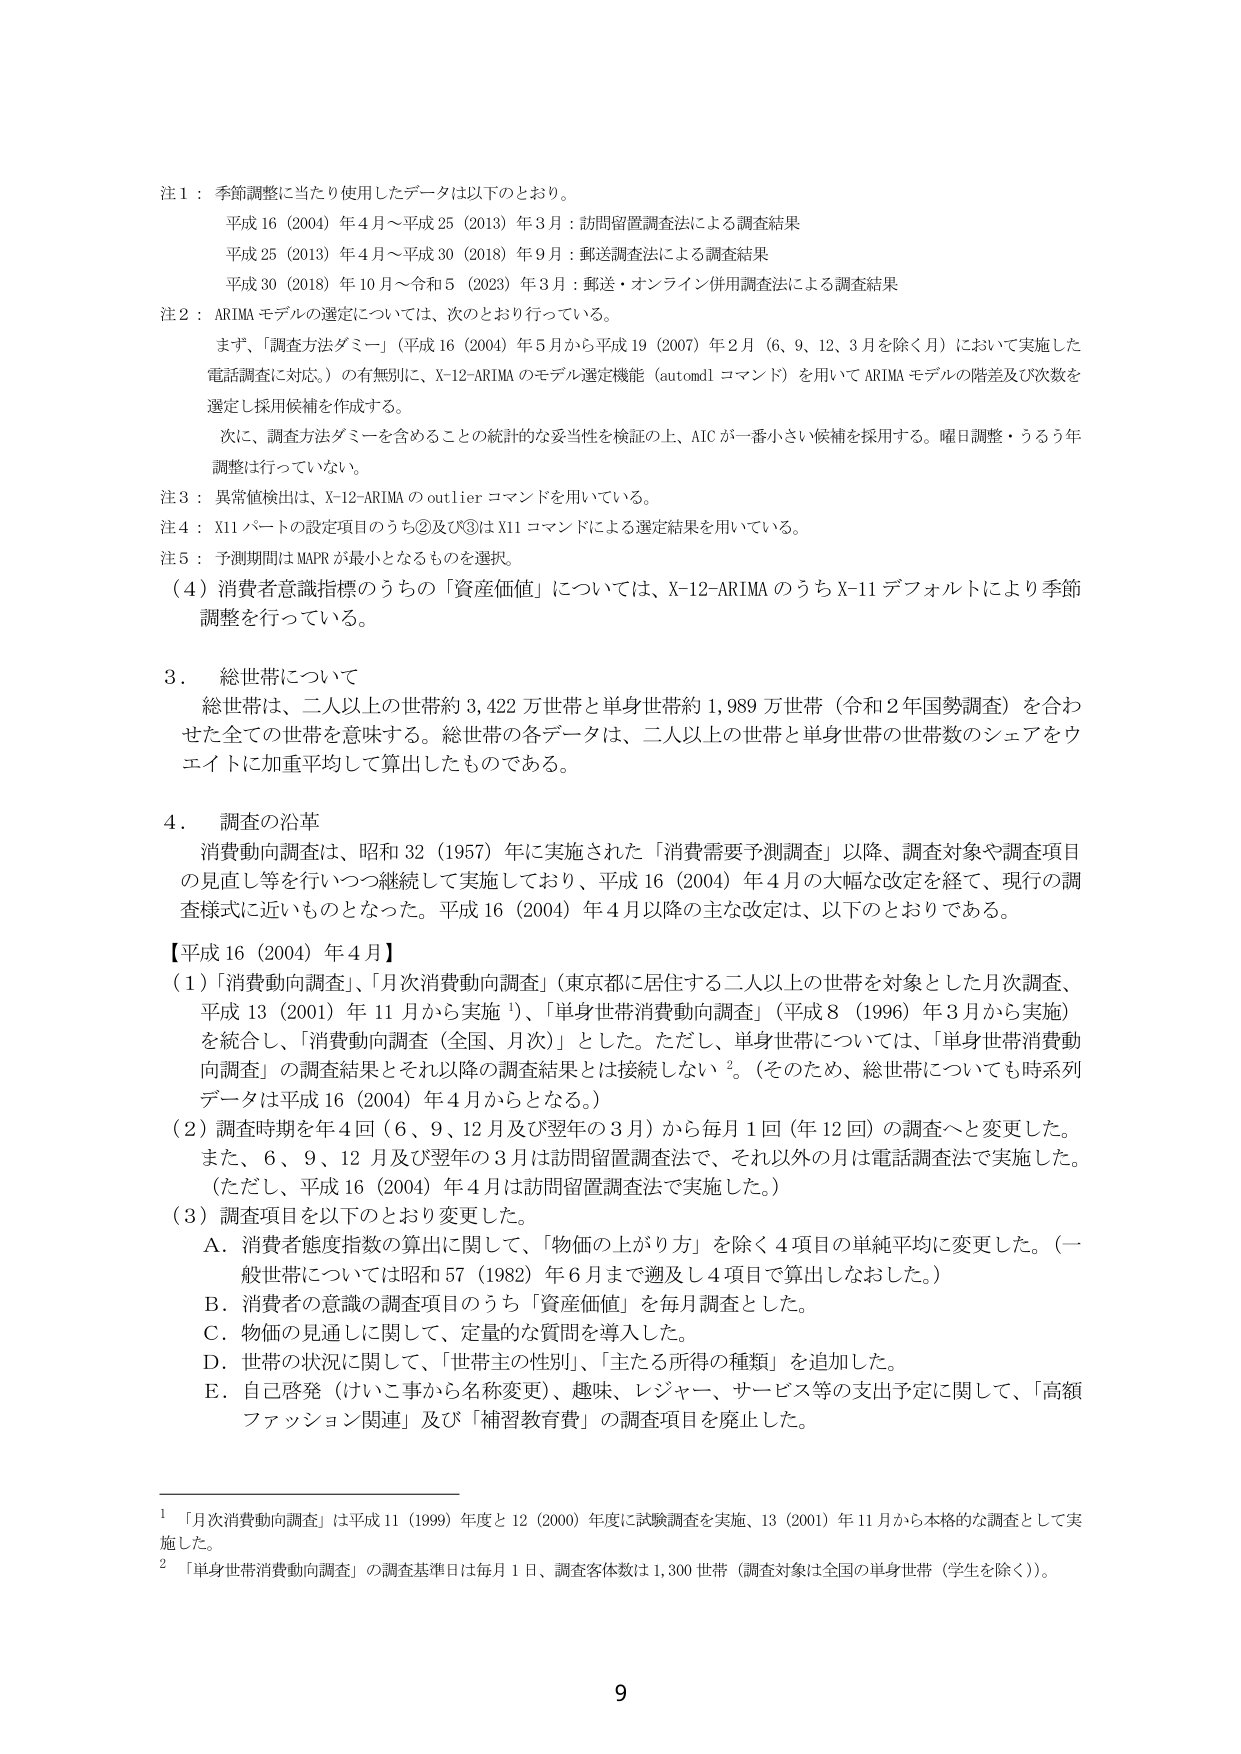
注１：季節調整に当たり使用したデータは以下のとおり。

平成16（2004）年4月～平成25（2013）年3月：訪問留置調査法による調査結果
平成25（2013）年4月～平成30（2018）年9月：郵送調査法による調査結果
平成30（2018）年10月～令和5（2023）年3月：郵送・オンライン併用調査法による調査結果

注２：ARIMAモデルの選定については、次のとおり行っている。

まず、「調査方法ダミー」（平成16（2004）年5月から平成19（2007）年2月（6、9、12、3月を除く月）において実施した電話調査に対応。）の有無別に、X-12-ARIMAのモデル選定機能（automdlコマンド）を用いてARIMAモデルの階差及び次数を選定し採用候補を作成する。

次に、調査方法ダミーを含めることの統計的な妥当性を検証の上、AICが一番小さい候補を採用する。曜日調整・うるう年調整は行っていない。

注３：異常値検出は、X-12-ARIMAのoutlierコマンドを用いている。

注４：X11パートの設定項目のうち②及び③はX11コマンドによる選定結果を用いている。

注５：予測期間はMAPRが最小となるものを選択。

（４）消費者意識指標のうちの「資産価値」については、X-12-ARIMAのうちX-11デフォルトにより季節調整を行っている。

３．総世帯について

総世帯は、二人以上の世帯約3,422万世帯と単身世帯約1,989万世帯（令和2年国勢調査）を合わせた全ての世帯を意味する。総世帯の各データは、二人以上の世帯と単身世帯の世帯数のシェアをウエイトに加重平均して算出したものである。

４．調査の沿革

消費動向調査は、昭和32（1957）年に実施された「消費需要予測調査」以降、調査対象や調査項目の見直し等を行いつつ継続して実施しており、平成16（2004）年4月の大幅な改定を経て、現行の調査様式に近いものとなった。平成16（2004）年4月以降の主な改定は、以下のとおりである。

【平成16（2004）年4月】

（１）「消費動向調査」、「月次消費動向調査」（東京都に居住する二人以上の世帯を対象とした月次調査、平成13（2001）年11月から実施¹）、「単身世帯消費動向調査」（平成8（1996）年3月から実施）を統合し、「消費動向調査（全国、月次）」とした。ただし、単身世帯については、「単身世帯消費動向調査」の調査結果とそれ以降の調査結果とは接続しない²。（そのため、総世帯についても時系列データは平成16（2004）年4月からとなる。）

（２）調査時期を年4回（6、9、12月及び翌年の3月）から毎月1回（年12回）の調査へと変更した。また、6、9、12月及び翌年の3月は訪問留置調査法で、それ以外の月は電話調査法で実施した。（ただし、平成16（2004）年4月は訪問留置調査法で実施した。）

（３）調査項目を以下のとおり変更した。

Ａ．消費者態度指数の算出に関して、「物価の上がり方」を除く4項目の単純平均に変更した。（一般世帯については昭和57（1982）年6月まで遡及し4項目で算出しなおした。）

Ｂ．消費者の意識の調査項目のうち「資産価値」を毎月調査とした。

Ｃ．物価の見通しに関して、定量的な質問を導入した。

Ｄ．世帯の状況に関して、「世帯主の性別」、「主たる所得の種類」を追加した。

Ｅ．自己啓発（はいこ事から名称変更）、趣味、レジャー、サービス等の支出予定に関して、「高額ファッション関連」及び「補習教育費」の調査項目を廃止した。

¹ 「月次消費動向調査」は平成11（1999）年度と12（2000）年度に試験調査を実施、13（2001）年11月から本格的な調査として実施した。

² 「単身世帯消費動向調査」の調査基準日は毎月1日、調査客体数は1,300世帯（調査対象は全国の単身世帯（学生を除く））。

9